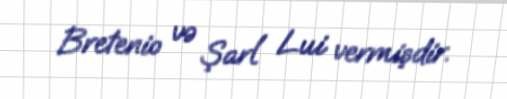
Bretenio və Şarl Lui vermişdir.